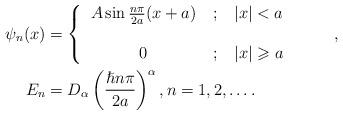
LaTeX: \begin{align*}\psi_{n}(x) & =\left\{\begin{tabular}[c]{ccc}$A\sin\frac{n\pi}{2a}(x+a)$ & $;$ & $\left\vert x\right\vert <a$\\& & \\$0$ & $;$ & $\left\vert x\right\vert \geqslant a$\end{tabular}\ \ \ \ \ \ \ \right. ,\\E_{n} & =D_{\alpha}\left( \frac{\hslash n\pi}{2a}\right) ^{\alpha},n=1,2,\ldots.\end{align*}